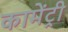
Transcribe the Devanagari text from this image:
कामेंट्री